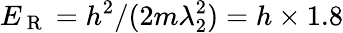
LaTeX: E_{\mathrm{~R~}}=h^{2}/(2m\lambda_{2}^{2})=h\times 1.8